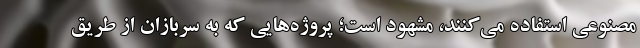
مصنوعی استفاده می‌کنند، مشهود است؛ پروژه‌هایی که به سربازان از طریق